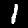
Label: 1